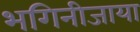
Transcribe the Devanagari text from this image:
भगिनीजाया